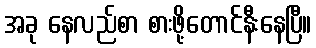
အခု နေလည်စာ စားဖို့တောင်နီးနေပြီ။